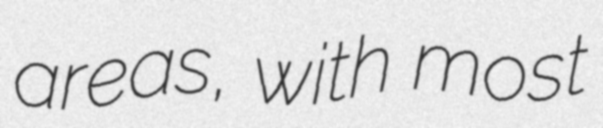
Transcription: areas, with most